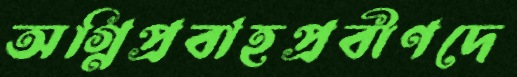
অগ্নিপ্রবাহপ্রবীণদে